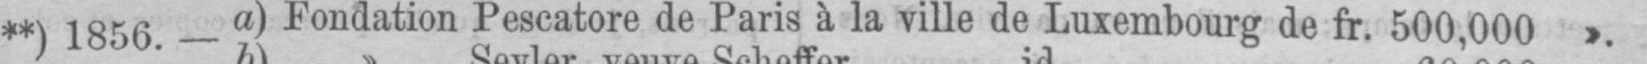
**) 1856. - a) Fondation Pescatore de Paris à la ville de Luxembourg de fr. 500,000 ».